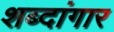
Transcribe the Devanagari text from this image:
शब्दांगार